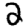
Digit: 2